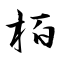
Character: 栢